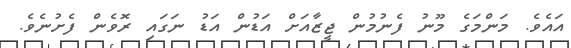
އައެވެ. މަންމަގެ މޫނު ފެނުމުން ޖީޒާއަށް އަޑުން އަޑު ނަގައި ރޮވެން ފެށުނެވެ.